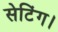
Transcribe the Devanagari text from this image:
सेटिंग।